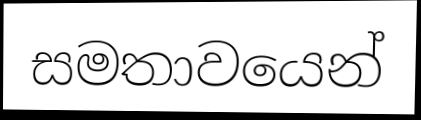
සමතාවයෙන්